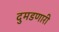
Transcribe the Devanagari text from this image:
दुमडणारी